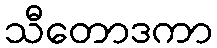
သီတောဒကာ